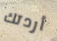
أردتك